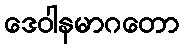
ဒေဝါနမာဂတော